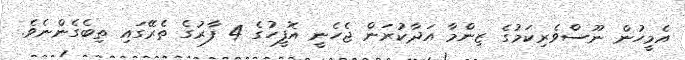
އެމީހުން ނޫސްވެރިކަމުގެ ޒިންމާ އަދާކުރަން ޖެހެނީ އޮފީހުގެ 4 ފާރުގެ ތެރޭގައި ތިބެގެންނެވެ.